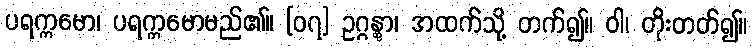
ပရက္ကမော၊ ပရက္ကမောမည်၏။ [၀၇] ဥဂ္ဂန္တွာ၊ အထက်သို့ တက်၍။ ဝါ၊ တိုးတတ်၍။